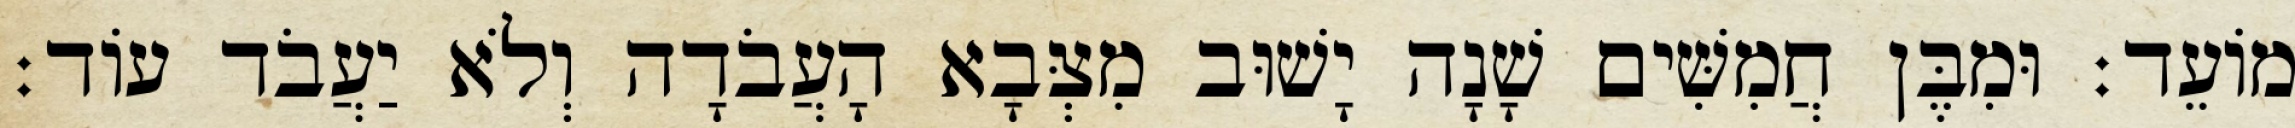
מוֹעֵד׃ וּמִבֶּן חֲמִשִּׁים שָׁנָה יָשׁוּב מִצְּבָא הָעֲבֹדָה וְלֹא יַעֲבֹד עוֹד׃